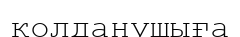
қолданушыға